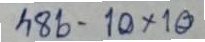
486 - 10x10